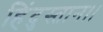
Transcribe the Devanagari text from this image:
हिंदुस्तान।।